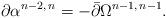
LaTeX: \begin{align*}\partial\alpha^{n-2,\,n} = -\bar\partial\Omega^{n-1,\,n-1}.\end{align*}